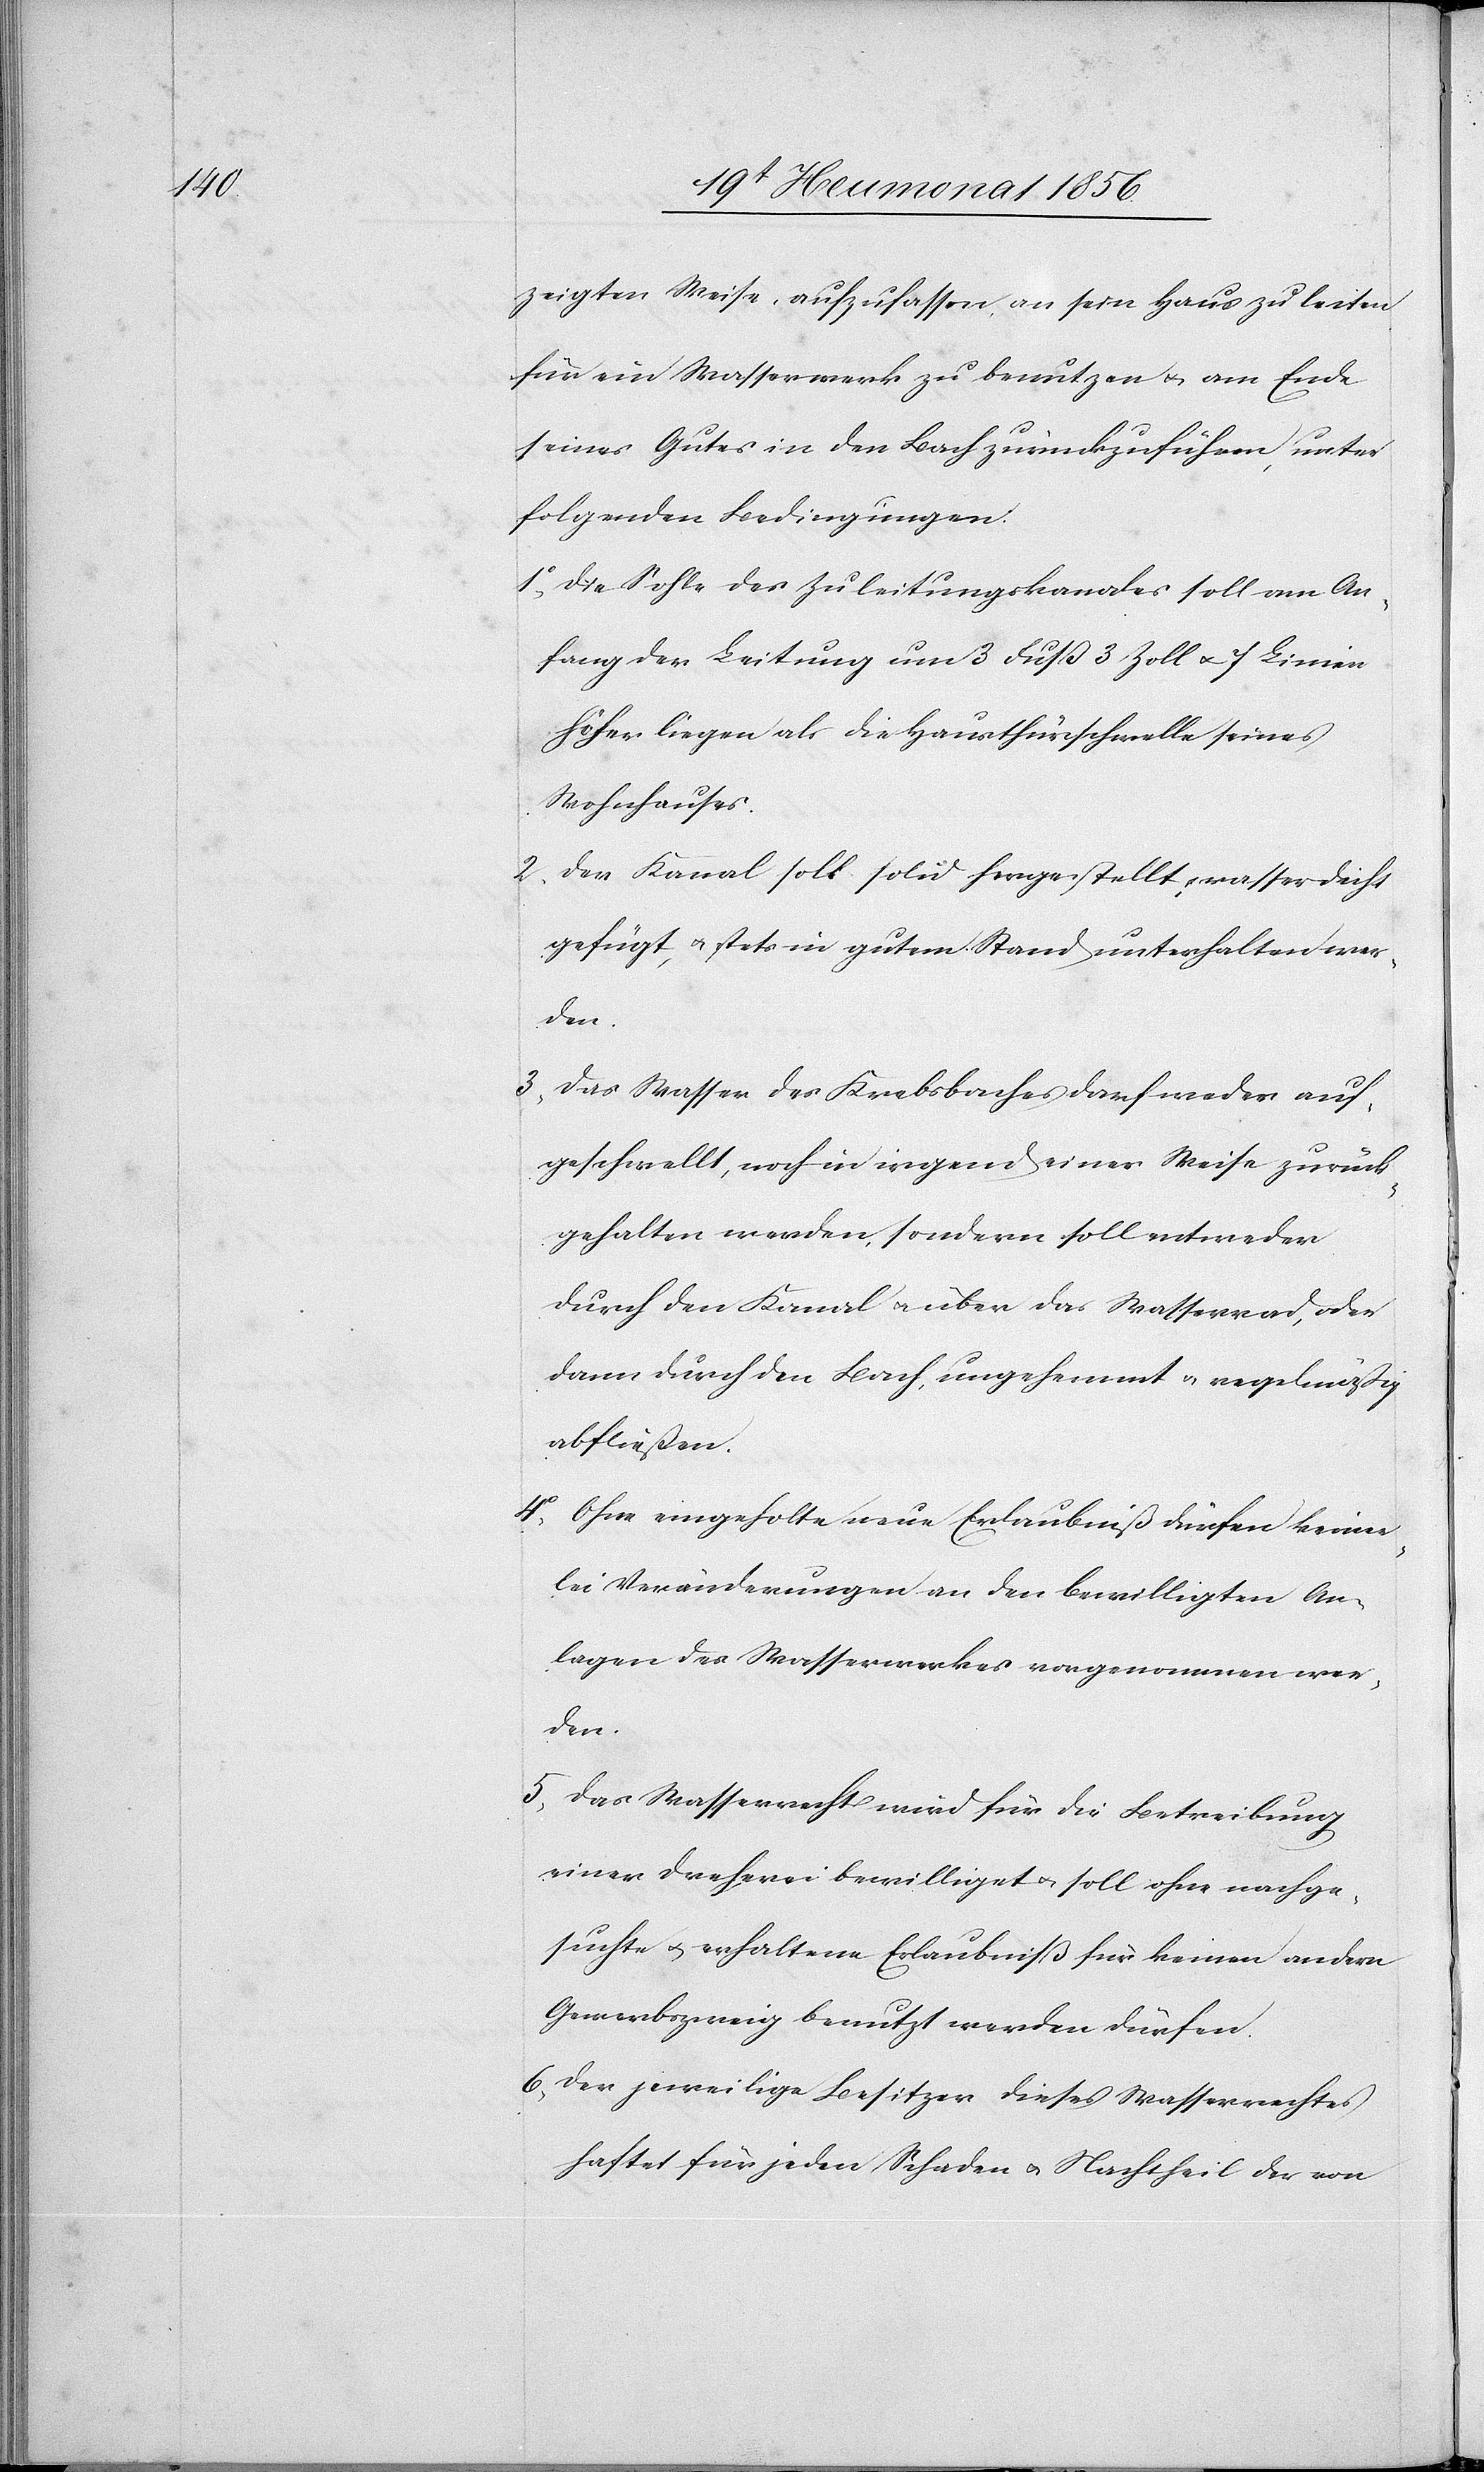
zeigten Weise, aufzufassen, an sein Haus zu leiten[,]
für ein Wasserwerk zu benutzen u. am Ende
seines Gutes in den Bach zurückzuführen, unter
folgenden Bedingungen:
1. Die Sohle des Zuleitungskanales soll am An¬
fang der Leitung um 3 Fuß 3 Zoll u. 7 Linien
höher liegen als die Hausthürschwelle seines
Wohnhauses.
2. Der Kanal soll solid hergestellt, wasserdicht
gefügt, u. stets in gutem Stand unterhalten wer¬
den.
3. Das Wasser des Krebsbaches darf weder auf¬
geschwellt, noch in irgend einer Weise zurück¬
gehalten werden, sondern soll entweder
durch den Kanal u. über das Wasserrad, oder
dann durch den Bach, ungehemmt u. regelmäßig
abfließen.
4. Ohne eingeholte neue Erlaubniß dürfen keiner¬
lei Veränderungen an den bewilligten An¬
lagen des Wasserwerkes vorgenommen wer¬
den.
5. Das Wasserrecht wird für die Betreibung
einer Dreherei bewilliget u. soll ohne nachge¬
suchte u. erhaltene Erlaubniß für keinen andern
Gewerbszweig benutzt werden dürfen.
6. Der jeweilige Besitzer dieses Wasserrechtes
haftet für jeden Schaden u. Nachtheil der von